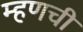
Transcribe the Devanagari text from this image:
म्हणची